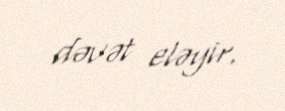
dəvət eləyir.